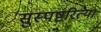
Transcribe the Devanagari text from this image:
सुस्पष्टरित्या